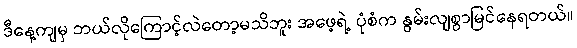
ဒီနေ့ကျမှ ဘယ်လိုကြောင့်လဲတော့မသိဘူး အဖေ့ရဲ့ ပုံစံက နွမ်းလျစွာမြင်နေရတယ်။